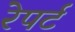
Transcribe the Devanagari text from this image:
रेपर्ट